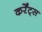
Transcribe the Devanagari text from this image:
कर्रेंट्स